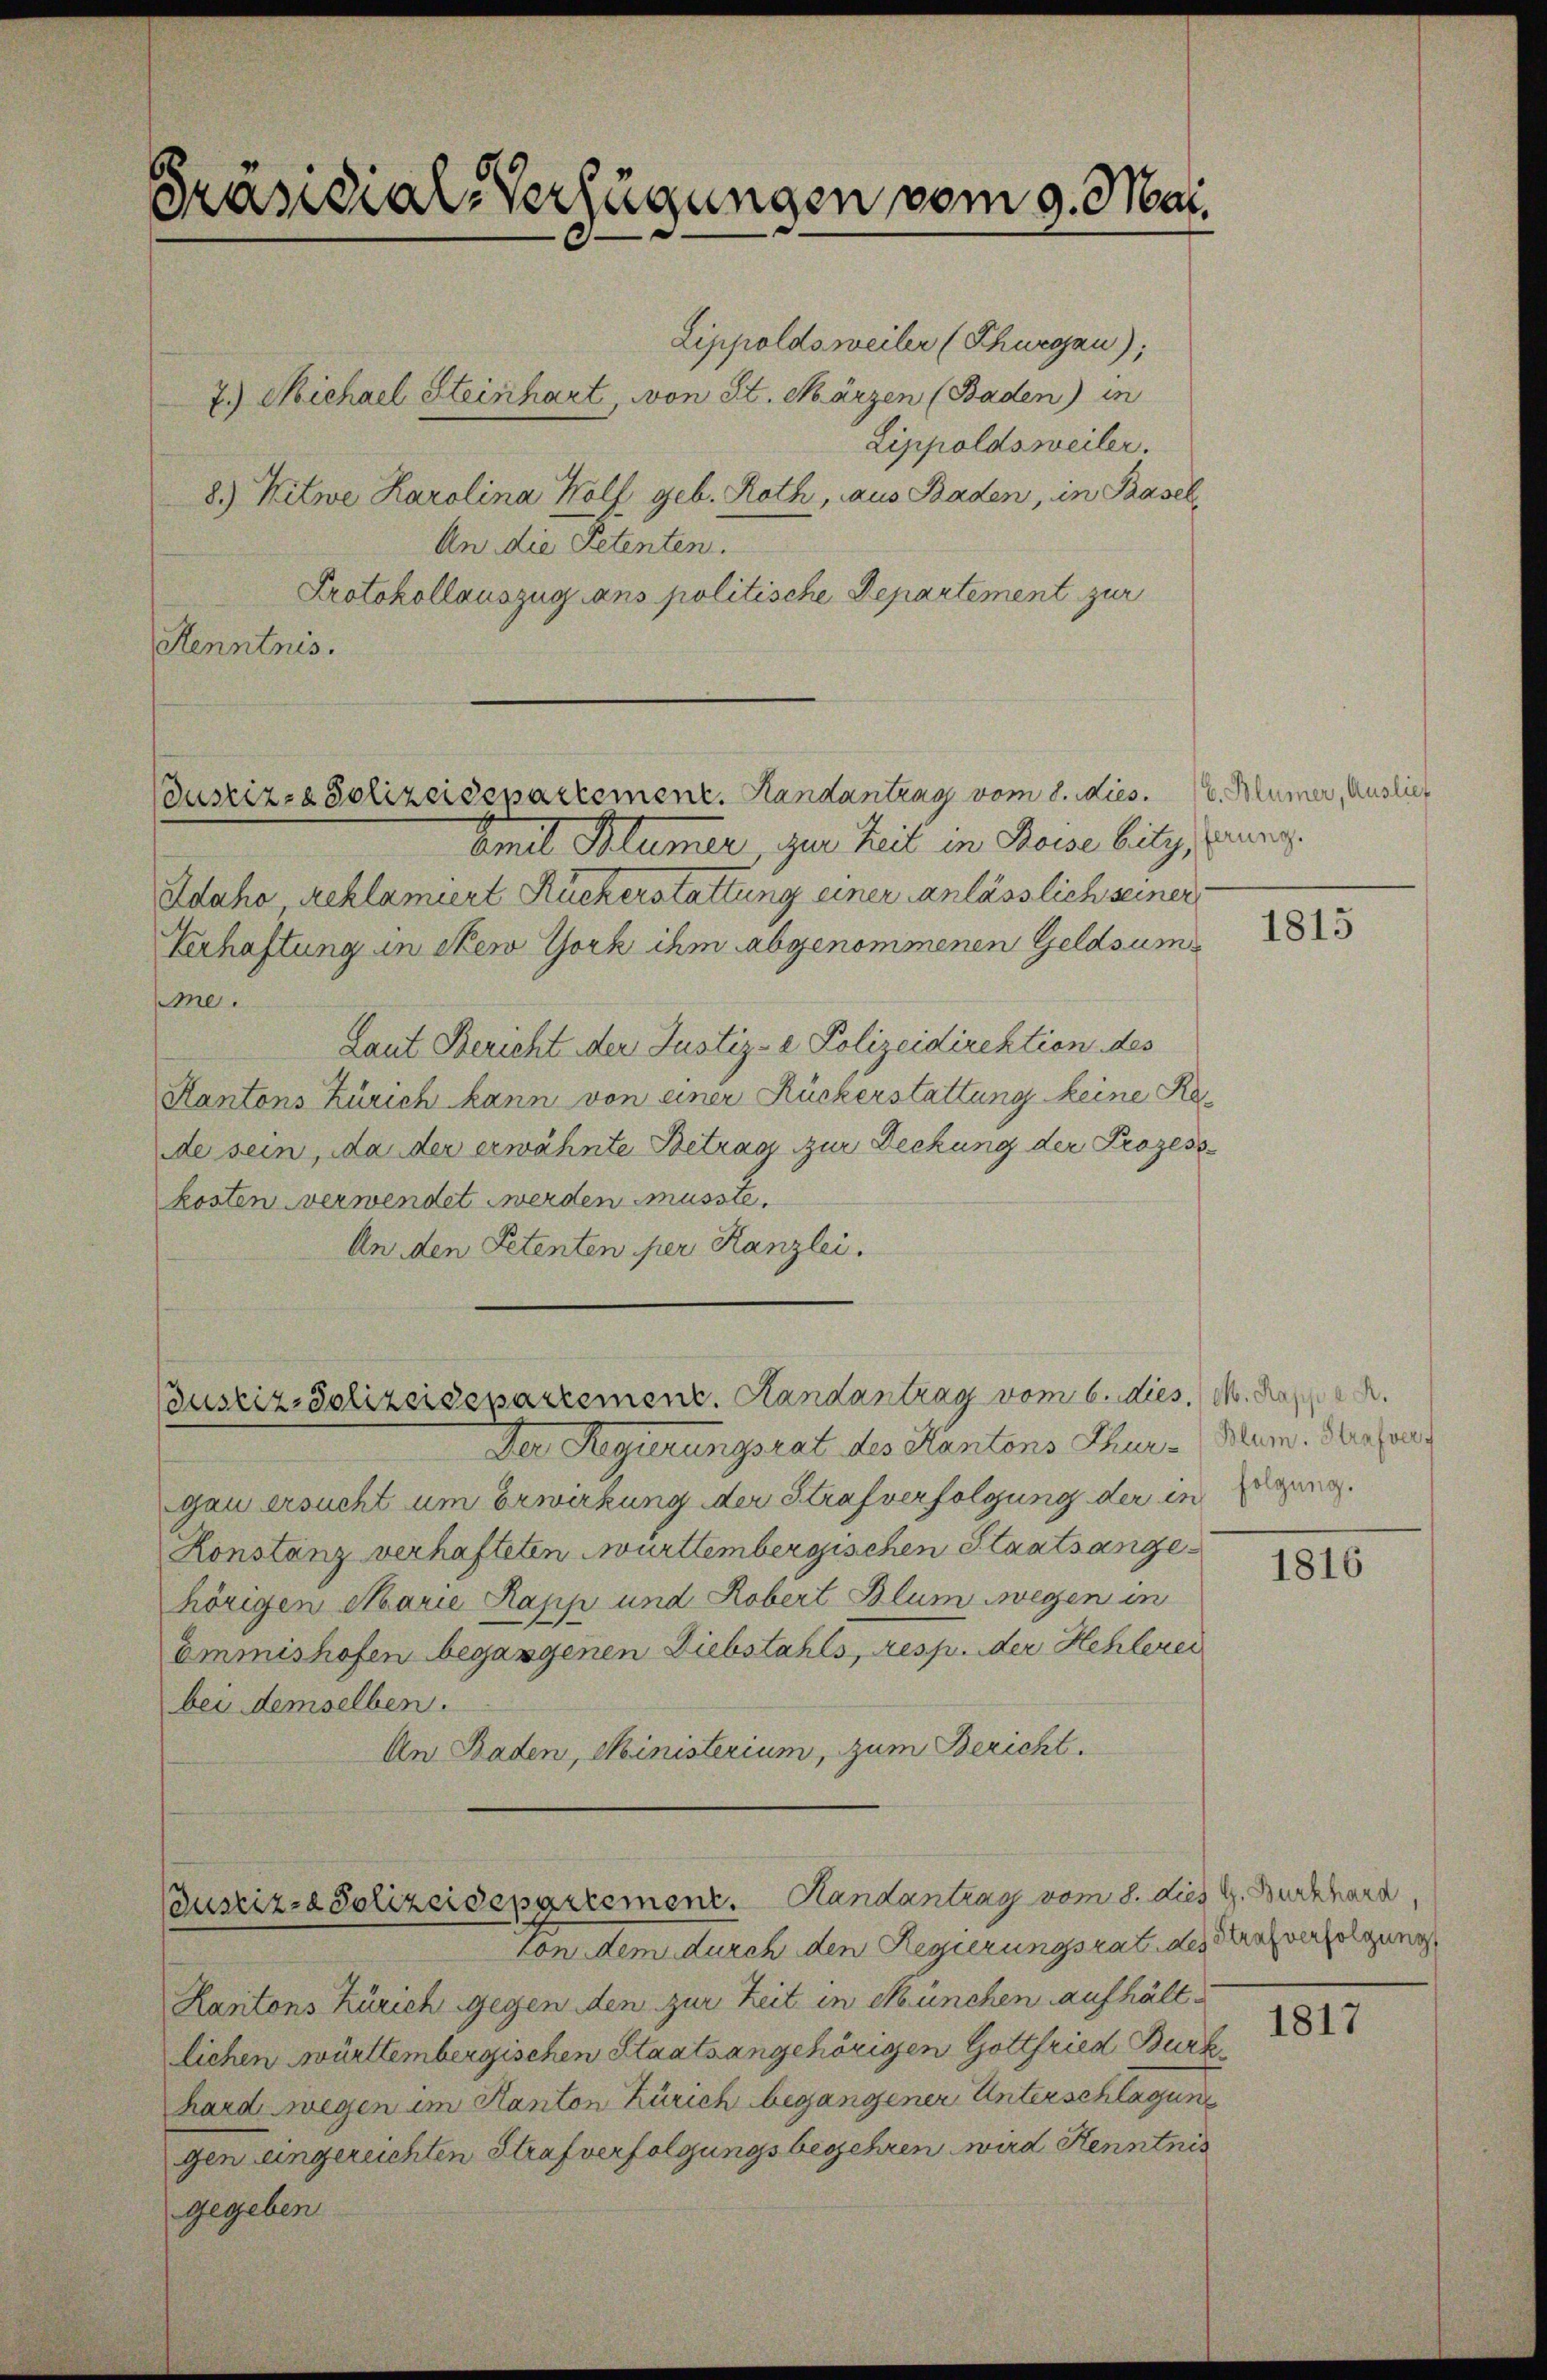
Präsidial-Verfügungen vom 9. Mai

Lippoldsweiler (Thurgau),
7.) Nichael Steinhart, von St. Märzen (Baden) in
Lippoldsweiler.
8.) Witwe Karolina Wolf, geb. Roth, aus Baden, in Basel
An die Petenten.
Protokollauszug ans politische Departement zur
Kenntnis.

Bustiz-Polizeisepartement. Handantrag vom 6. dies. M. Rappen.

Justiz-Polizeidepartement. Handantrag vom 8. dies G. Burkhard,

Justiz- & Polizeidepartement. Handantrag vom 8. Mies. v. Blümer, Auslief
Comit Blümer, zur Zeit in Beise bitz, ver¬
Idaho reklamiert Ruckerstattung einer anlässlich seiner
Verhaftung in New York ihm abgenommenen Geldsumme.
Laut Bericht der Justiz- & Polizeidirektion des
Kantons Zürich kann von einer Rückerstattung keine Rede sein, da der erwähnte Betrag zur Deckung der Prozess
kosten verwendet werden müsste.
An den Petenten per Kanzlei.

Der Regierungsrat des Kantons Thur-Mam. Dersend
gan ersucht um Erwirkung der Strafverfolgung der in Zugang.
Konstanz verhafteten württembergischen Staatsange
hörigen Marie Papp und Robert Blum wegen in
Emmishofen begangenen Diebstahls, resp. der Hehlerei
bei demselben.
An Baden, Ministerium, zum Bericht.

von dem durch den Regierungsrat des Strafverfolgenos
Kantons Zürich gegen den zur Zeit in München aufhält u
lichen württembergischen Staatsangehörigen Gottfried Burk
hard wegen im Kanton Zürich begangener Unterschlagung
gen eingereichten Strafverfolgungsbegehren wird Kenntnis
gegeben

1815

1816

1817